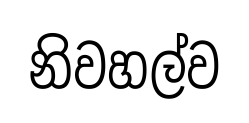
නිවහල්ව